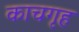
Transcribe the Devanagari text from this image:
काचगृह